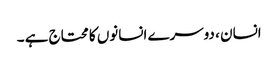
انسان ، دوسرے انسانوں کا محتاج ہے ۔